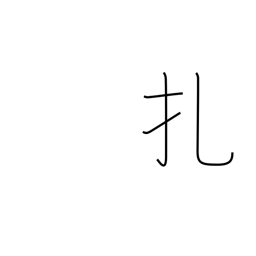
Meaning: prick